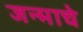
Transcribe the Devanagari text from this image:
जन्माचेे